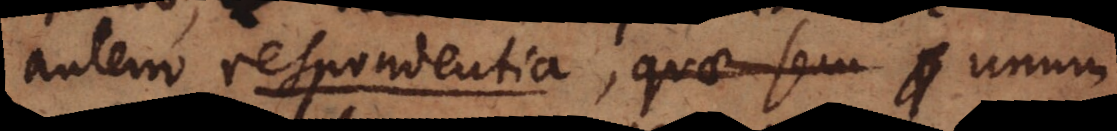
autem respondentia, qu_ unum